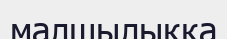
малшылыққа